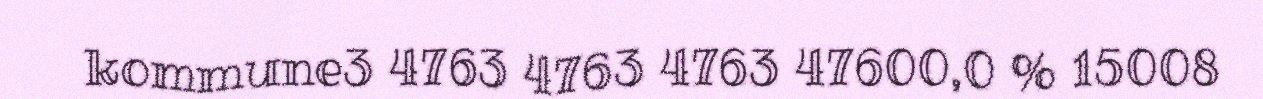
kommune3 4763 4763 4763 47600,0 % 15008